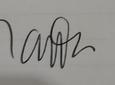
Signature authenticity: genuine